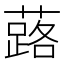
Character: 蕗